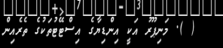
( ). މަނިޕޫރު އަކީ އިންޑިޔާގެ އިސްޓޭޓުތަކުގެ ތެރެއިން